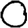
Digit: 0